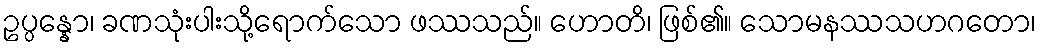
ဥပ္ပန္နော၊ ခဏသုံးပါးသို့ရောက်သော ဖဿသည်။ ဟောတိ၊ ဖြစ်၏။ သောမနဿသဟဂတော၊